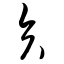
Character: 矢